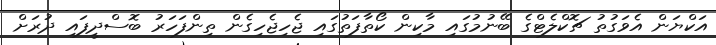
އަކްޔަން އެވަގުތު ޗޮކްލެޓްގެ ބޭނުމުގައި މާކިން ކޯތާފަތުގައި ޖެހިޖެހިގެން ތިންފަހަރު ބޮސްދީފައި ދުރަށް